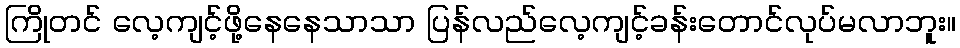
ကြိုတင် လေ့ကျင့်ဖို့နေနေသာသာ ပြန်လည်လေ့ကျင့်ခန်းတောင်လုပ်မလာဘူး။